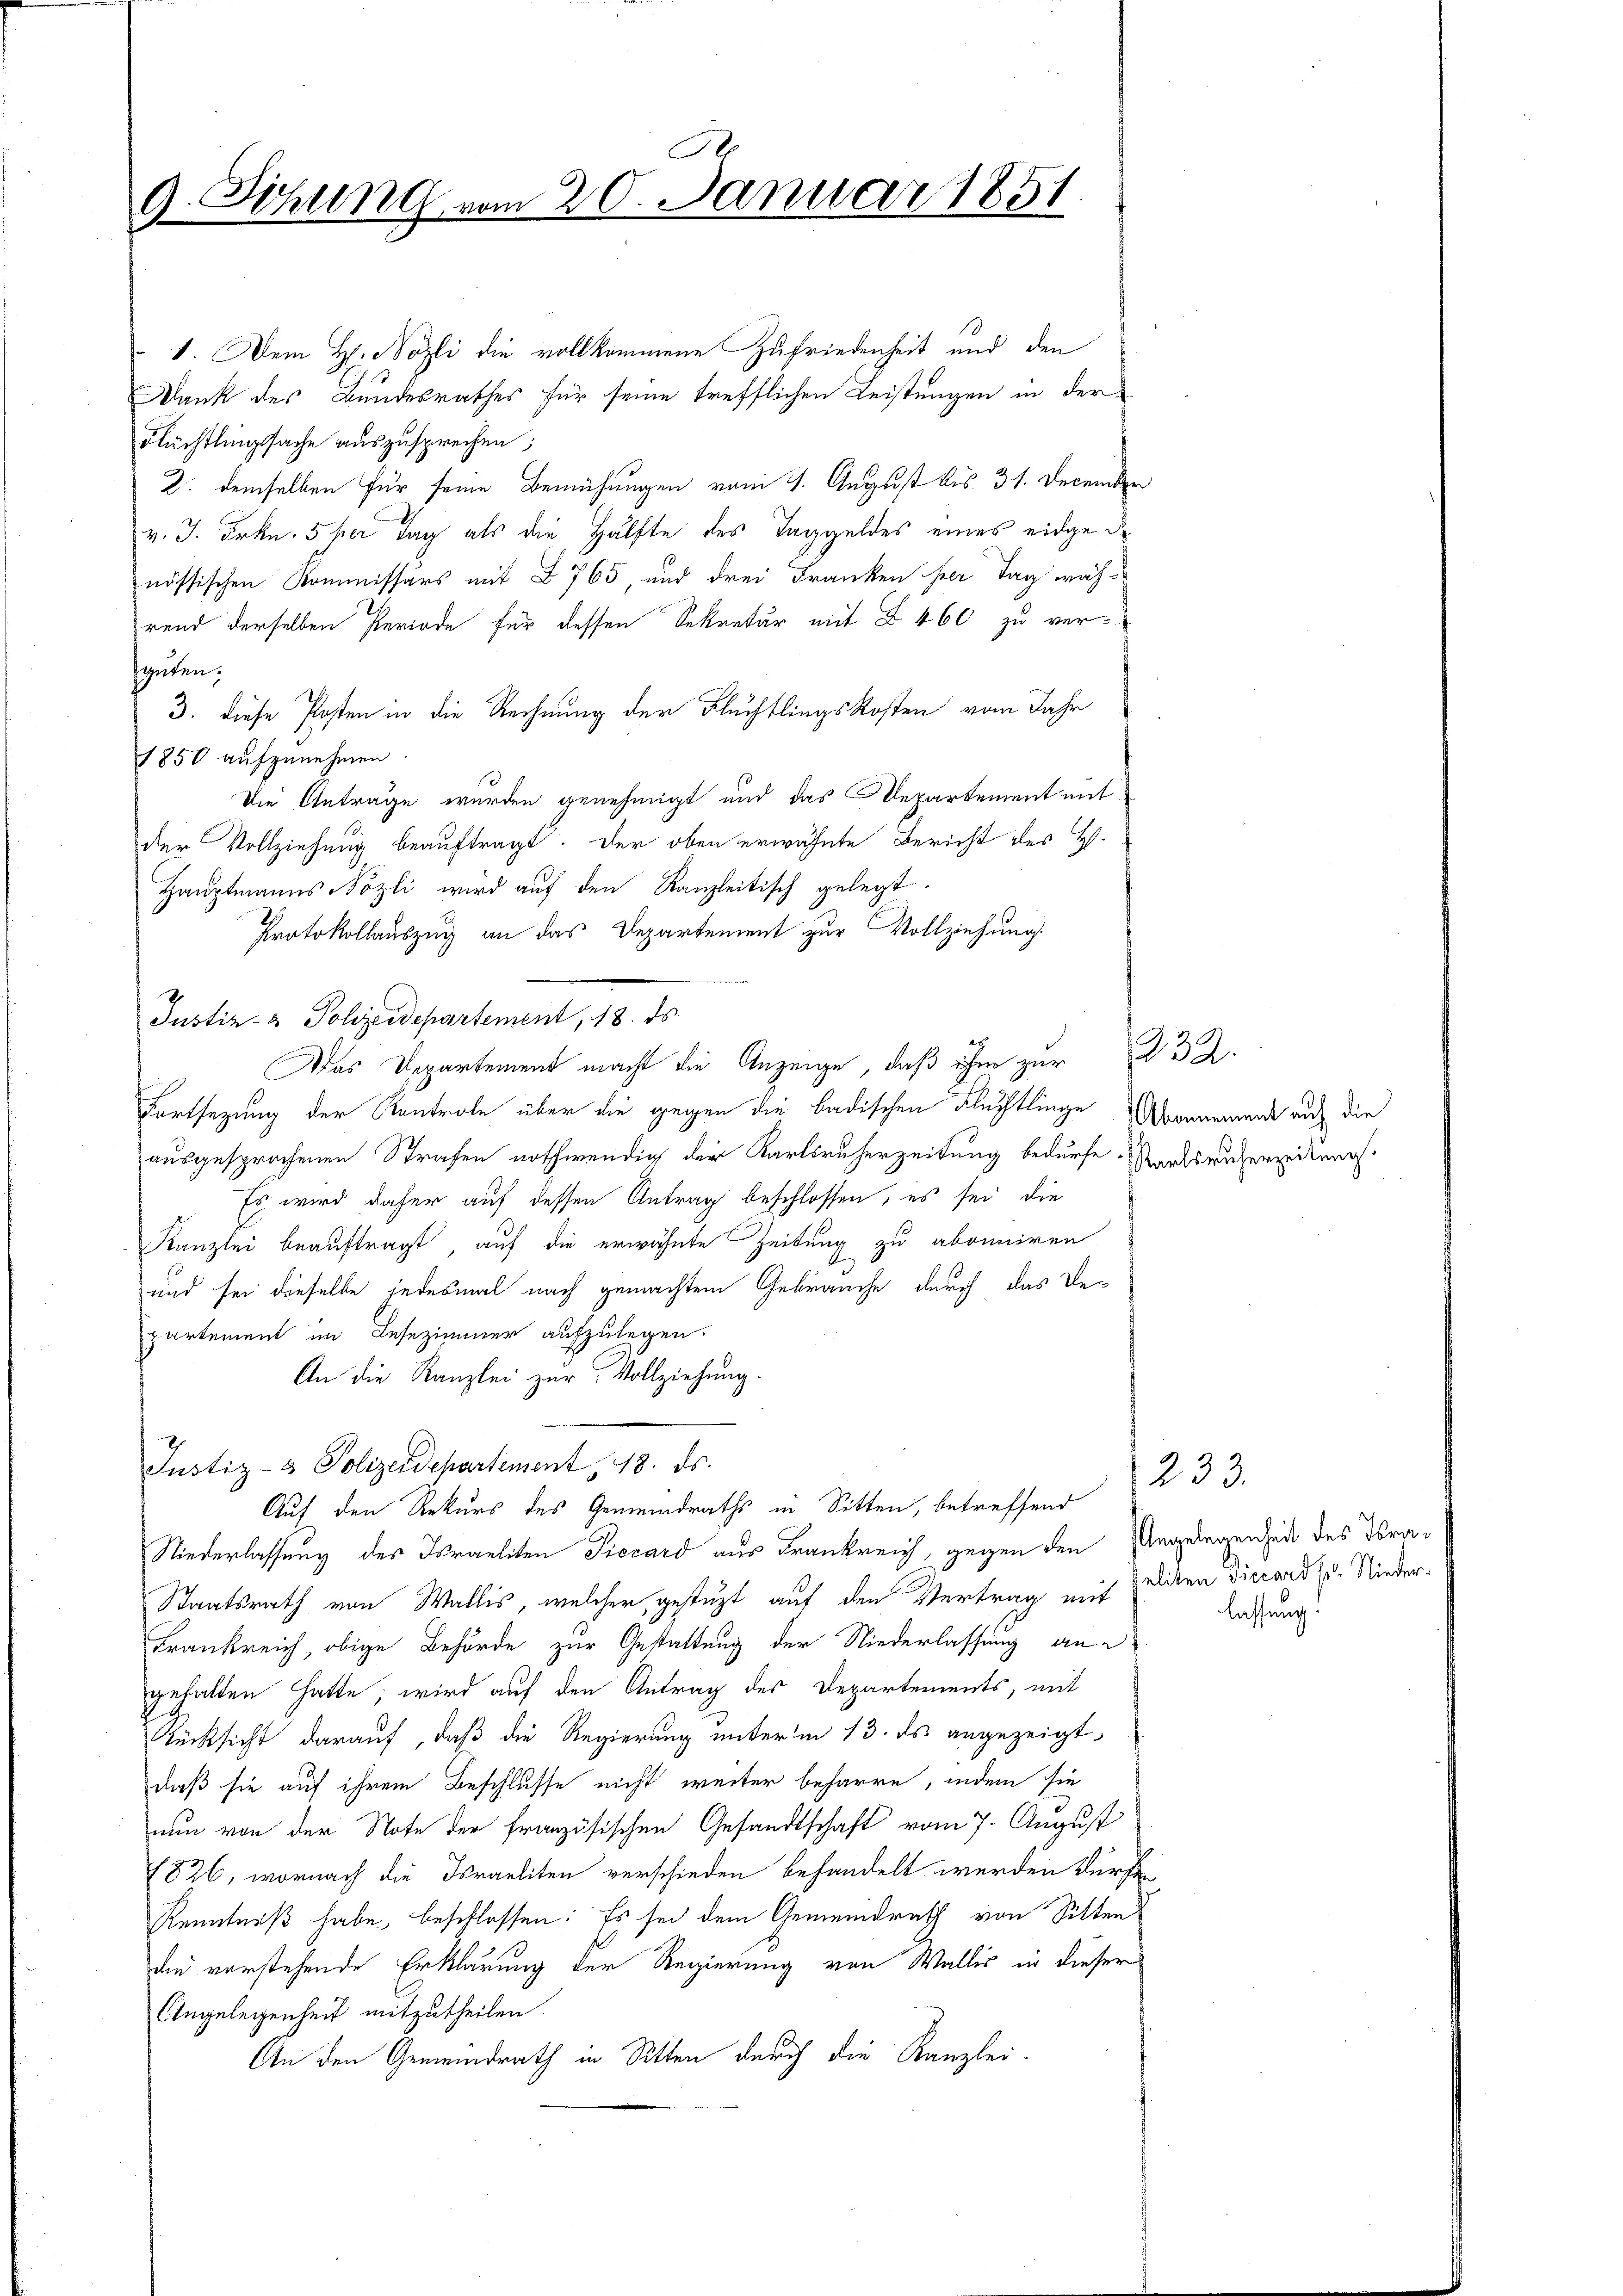
A
9. Sitzung vom 20. Januar 1851.

1. Dem H. Nözli die vollkommene Zufriedenheit und den
Dank des Bundesrathes für seine trefflichen Leistungen in der
Flüchtlingssache auszusprechen;
2. demselben für seine Bemühungen vom 1. August bis 31. December
v. J. Frkn. 5 per Tag als die Hälfte des Taggeldes eines eidged
nössischen Kommissärs mit § 765 und drei Franken her Tag während derselben Periode für dessen Sekretär mit § 460 zu ver-
sgüten;
3. diese Posten in die Rechnung der Flüchtlingskosten vom Jahr
1850 aufzunehmen.
Die Anträge werden genehmigt und das Departement mit
der Vollziehung beauftragt. Der oben erwähnte Bericht des H.
Hauptmanns Sözli wird auf den Kanzleitisch gelegt.
Protokollauszug an das Departement zur Vollziehung.
Justiz- & Polizeidepartement, 18. ds.
Das Departement macht die Anzeige, daß ihm zur
Fortsetzung der Kontrole über die gegen die badischen Flüchtlinge Abonnement auch die
ausgesprochenen Strafen nothwendig der Karlsruherzeitung bedürfe. Warlsruherzeitung.
Es wird daher auf dessen Antrag beschlossen, es sei, die
Kanzlei beauftragt, auf die erwähnte Zeitung zu abonniren
und sei dieselbe jedesmal nach gemachtem Gebrauche durch das Departement im Lesezimmer aufzulegen.
An die Kanzlei zur Vollziehung.
Justiz- & Polizeidepartement, 18. ds.
Auf den Rekurs des Gemeindraths in Sitten, betreffend
Niederlassung des Israeliten Precard aus Frankreich, gegen den Angelegenheit des Tra¬
Staatsrath von Wallis, welcher, gestüzt auf den Vertrag mit Dicken Diccard zu. Nieder¬
Frankreich, obige Behörde zur Gestattung der Niederlassung an d
gehalten hatte; wird auf den Antrag des Departements, mit
Rücksicht darauf, daß die Regierung unterm 13. ds. angezeigt,
daß sie auf ihrem Beschlusse nicht weiter beharre, indem sie
nun von der Note der französischen Gesandtschaft vom 7. August
1826, wornach die Israeliten verschieden behandelt werden dürfe
Kenntniß habe, beschlossen: Es sei dem Gemeindrath von Sitten
din vorstehende Erklärung der Regierung von Wallis in dieser
Angelegenheit mitzutheilen.
An den Gemeindrath in Sitten durch die Kanzlei-

232.

233.
lassung.